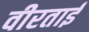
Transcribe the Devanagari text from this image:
वीरताई